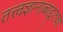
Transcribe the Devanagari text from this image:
तत्त्वज्ञानाबाद्द्लचा